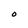
Character: O